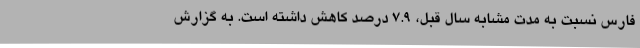
فارس نسبت به مدت مشابه سال قبل، 7.9 درصد کاهش داشته است. به گزارش